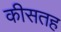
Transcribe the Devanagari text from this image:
कीसतह